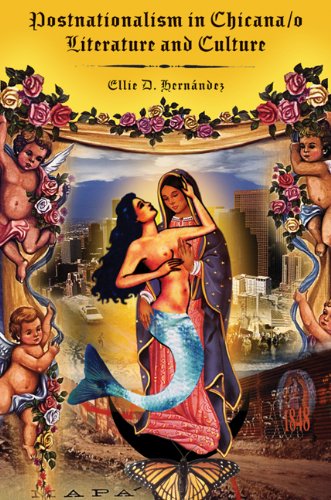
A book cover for Postnationalism in Chicana/o Literature and Culture (Chicana Matters); Ellie D. HernÃ¡ndez; Literature & Fiction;